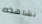
نشاهده